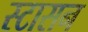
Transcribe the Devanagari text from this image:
स्टासन